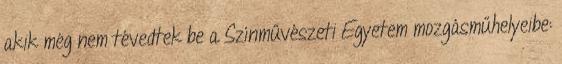
akik még nem tévedtek be a Színművészeti Egyetem mozgásműhelyeibe: